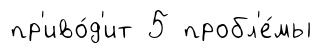
пр'иво́д'ит 5 пробл'е́мы